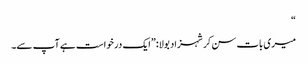
“
میری بات سن کر شہزاد بولا:”ایک درخواست ہے آپ سے۔